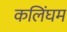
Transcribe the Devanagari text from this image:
कलिंघम